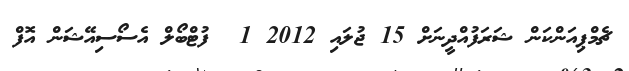
ޗެމްޕިއަންކަން ޝަރަފުއްދީނަށް 15 ޖުލައި 2012 1  ފުޓްބޯލް އެސޯސިއޭޝަން އޮފް